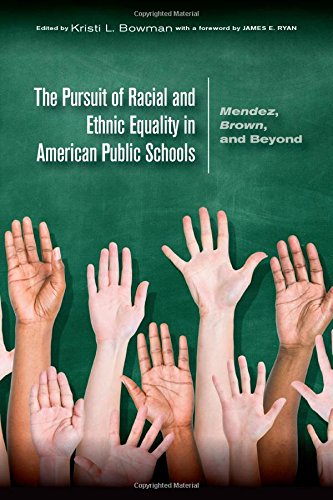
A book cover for The Pursuit of Racial and Ethnic Equality in American Public Schools: Mendez, Brown, and Beyond; Law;